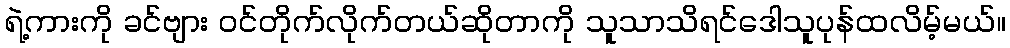
ရဲ့ကားကို ခင်ဗျား ဝင်တိုက်လိုက်တယ်ဆိုတာကို သူသာသိရင်ဒေါသူပုန်ထလိမ့်မယ်။